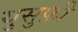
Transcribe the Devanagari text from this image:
युसुफ़ी